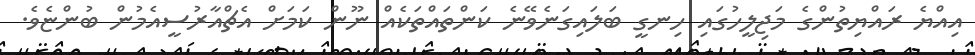
އިއްޔެ ރައްޔިތުންގެ މަޖިލީހުގައި ހިނގީ ބަލައިގަނެވޭނެ ކަންތައްތަކެއް ނޫން ކަމަށް އެޗްއާރުސީއެމުން ބުންޏެވެ.